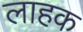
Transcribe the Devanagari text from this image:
लाहक